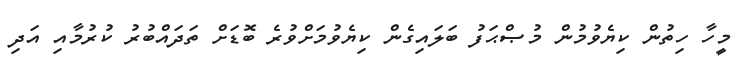
މީހާ ހިތުން ކިޔެވުމުން މުޞްޙަފު ބަލައިގެން ކިޔެވުމަށްވުރެ ބޮޑަށް ތަދައްބުރު ކުރުމާއި އަދި